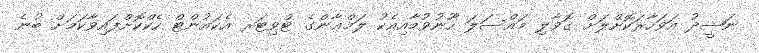
ނަޝީދު އަވަހާރަކޮށްލަށް ގޮވާލި މައްސަލަ ހޫނުވުމާއިއެކު ލަމްޢާންގެ ޓްވިޓަރ އެކައުންޓް ހެކްކޮށްފައިވާކަމަށް ބުނެ